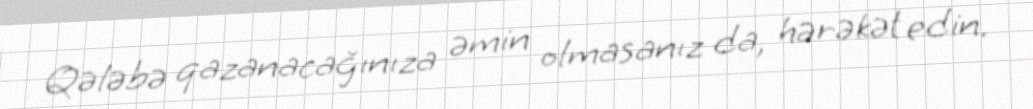
Qələbə qazanacağınıza əmin olmasanız da, hərəkət edin.